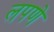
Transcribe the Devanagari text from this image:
लपणे